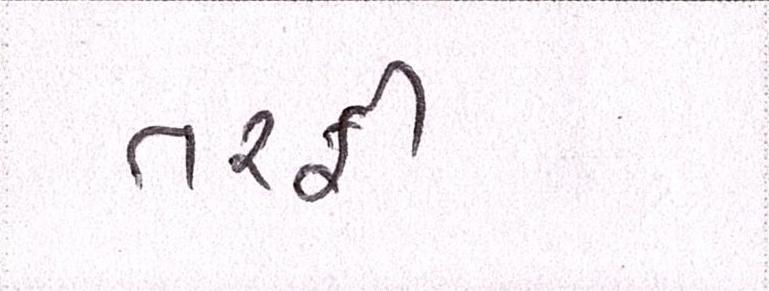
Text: તરફી